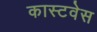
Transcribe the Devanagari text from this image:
कास्टवेस